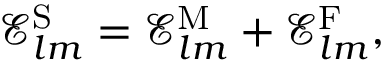
\mathcal { E } _ { l m } ^ { \mathrm { S } } = \mathcal { E } _ { l m } ^ { \mathrm { M } } + \mathcal { E } _ { l m } ^ { \mathrm { F } } ,